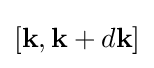
[\mathbf {k} ,\mathbf {k} +d\mathbf {k} ]